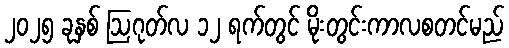
၂၀၂၅ ခုနှစ် ဩဂုတ်လ ၁၂ ရက်တွင် မိုးတွင်းကာလစတင်မည်